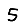
Digit: 5